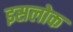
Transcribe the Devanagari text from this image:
इसलोक